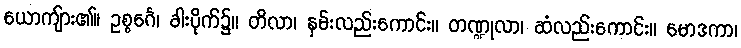
ယောကျ်ား၏။ ဥစ္စင်္ဂေ၊ ခါးပိုက်၌။ တိလာ၊ နှမ်းလည်းကောင်း။ တဏ္ဍုလာ၊ ဆံလည်းကောင်း။ မောဒကာ၊